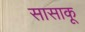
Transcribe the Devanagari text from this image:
सासाकू